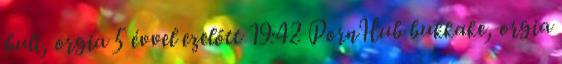
buli, orgia 5 évvel ezelőtt 19:42 PornHub bukkake, orgia